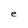
Character: e